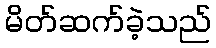
မိတ်ဆက်ခဲ့သည်